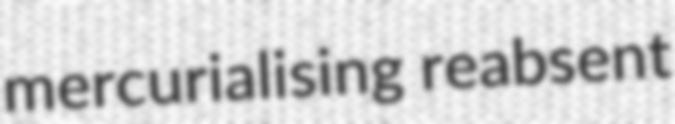
mercurialising reabsent